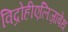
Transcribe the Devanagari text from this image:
विद्रोहीएलिज़ाबेथ